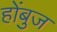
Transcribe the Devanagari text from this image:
होंबुज